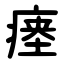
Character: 瘗